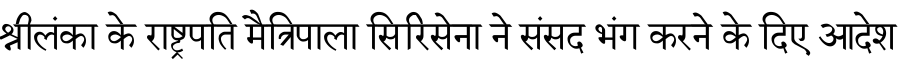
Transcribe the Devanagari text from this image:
श्रीलंका के राष्ट्रपति मैत्रिपाला सिरिसेना ने संसद भंग करने के दिए आदेश